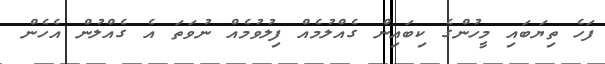
ފަހެ ތިޔަބައި މީހުންގެ ކިބައިން ގެއްލުމެއް ފިލުވުމެއް ނުވަތަ އެ ގެއްލުން އެހެން